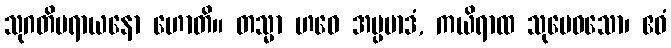
သုဂတိပရာယနော ဟောတိ။ တသ္မာ ဟဝေ အပ္ပမာဒံ, ကယိရာထ သုမေဓသော၊ ဧဝံ